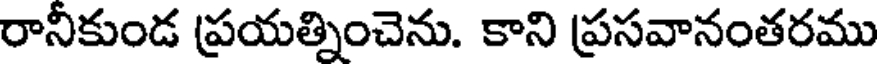
రానీకుండ ప్రయత్నించెను. కాని ప్రసవానంతరము